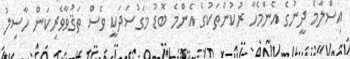
އިސްލާމް ދީނުގެ އެންމެހާ ރުކުންތަކުގެ އެންމެ ބޮޑު މަގުސަދަކީ ވެސް ތަޤުވާވެރިކަން ހާސިލު